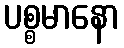
ပစ္စမာနော